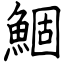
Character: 鯝